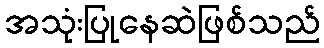
အသုံးပြုနေဆဲဖြစ်သည်